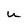
Character: u